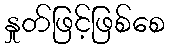
နှုတ်ဖြင့်ဖြစ်စေ